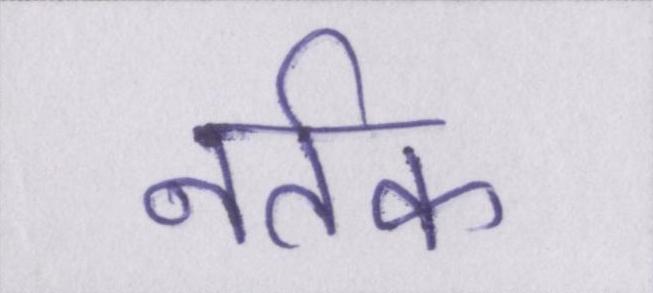
नर्तक